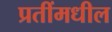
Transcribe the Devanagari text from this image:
प्रतींमधील